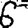
Digit: 6